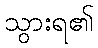
သွားရ၏